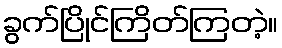
ခွက်ပြိုင်ကြိတ်ကြတဲ့။